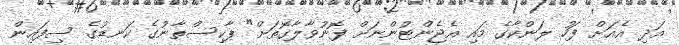
އަދި އެއަށް ފަހު ލަންކާގެ މައި އެޖެންޓުންނަށް ފޮނުވާލާގޮތަށް" ޕާކިސްތާނުގެ ކަނޑުގެ ސިފައިން